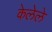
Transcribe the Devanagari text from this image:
केलेेले